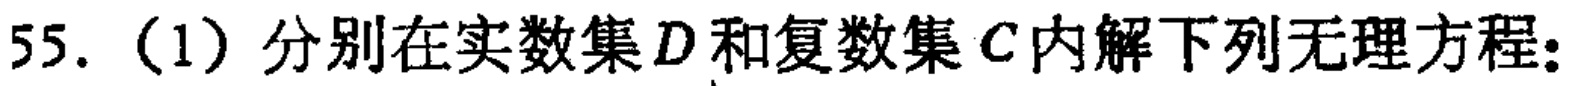
55.（1）分别在实数集\(D\)和复数集\(C\)内解下列无理方程：